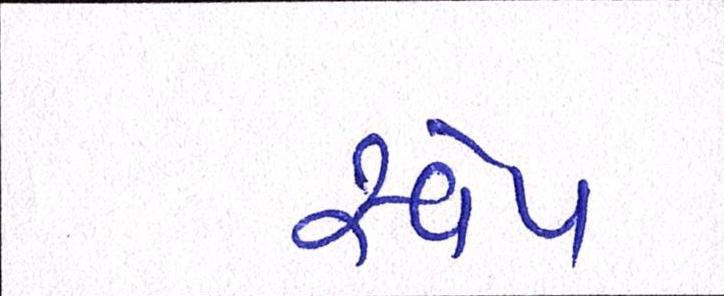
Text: સ્વેપ